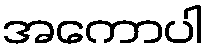
အကောပါ